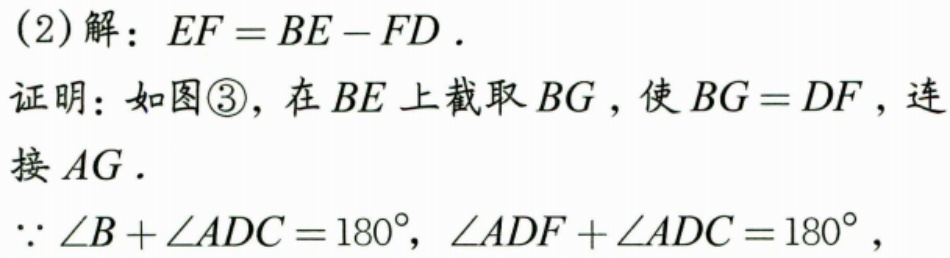
(2) 解：\(EF = BE - FD\).
证明：如图\textcircled{3}，在\(BE\)上截取\(BG\)，使\(BG = DF\)，连接\(AG\).
\(\because \angle B+\angle ADC = 180^{\circ}\)，\(\angle ADF+\angle ADC = 180^{\circ}\)，